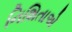
નિશિતાએ